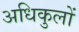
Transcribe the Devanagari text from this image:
अधिकुलों